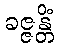
ခဇ္ဇန္တိံ